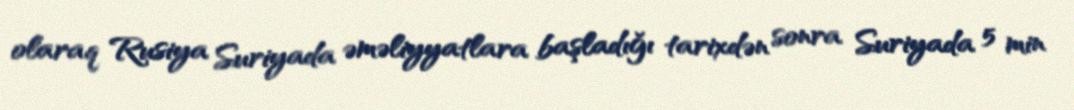
olaraq Rusiya Suriyada əməliyyatlara başladığı tarixdən sonra Suriyada 5 min